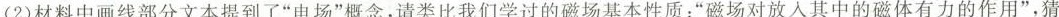
(2)材料中画线部分文本提到了”电场”概念，请类比我们学过的磁场基本性质：”磁场对放入其中的磁体有力的作用”，猜